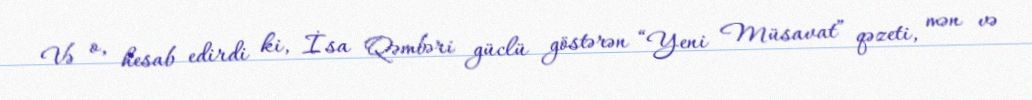
Və o, hesab edirdi ki, İsa Qəmbəri güclü göstərən “Yeni Müsavat” qəzeti, mən və